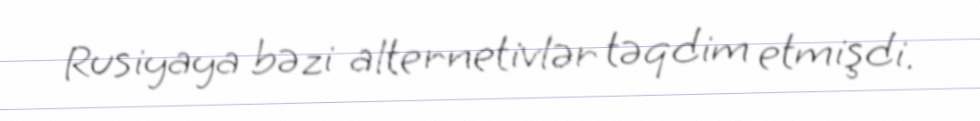
Rusiyaya bəzi alternetivlər təqdim etmişdi.